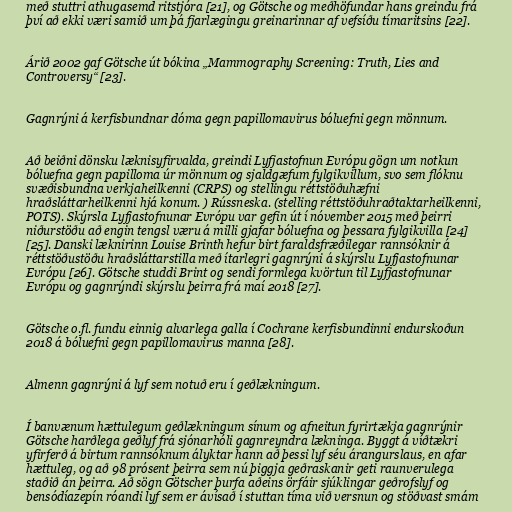
með stuttri athugasemd ritstjóra [21], og Götsche og meðhöfundar hans greindu frá
því að ekki væri samið um þá fjarlægingu greinarinnar af vefsíðu tímaritsins [22].

Árið 2002 gaf Götsche út bókina „Mammography Screening: Truth, Lies and
Controversy“ [23].

Gagnrýni á kerfisbundnar dóma gegn papillomavirus bóluefni gegn mönnum.

Að beiðni dönsku læknisyfirvalda, greindi Lyfjastofnun Evrópu gögn um notkun
bóluefna gegn papilloma úr mönnum og sjaldgæfum fylgikvillum, svo sem flóknu
svæðisbundna verkjaheilkenni (CRPS) og stellingu réttstöðuhæfni
hraðsláttarheilkenni hjá konum. ) Rússneska. (stelling réttstöðuhraðtaktarheilkenni,
POTS). Skýrsla Lyfjastofnunar Evrópu var gefin út í nóvember 2015 með þeirri
niðurstöðu að engin tengsl væru á milli gjafar bóluefna og þessara fylgikvilla [24]
[25]. Danski læknirinn Louise Brinth hefur birt faraldsfræðilegar rannsóknir á
réttstöðustöðu hraðsláttarstilla með ítarlegri gagnrýni á skýrslu Lyfjastofnunar
Evrópu [26]. Götsche studdi Brint og sendi formlega kvörtun til Lyfjastofnunar
Evrópu og gagnrýndi skýrslu þeirra frá maí 2018 [27].

Götsche o.fl. fundu einnig alvarlega galla í Cochrane kerfisbundinni endurskoðun
2018 á bóluefni gegn papillomavirus manna [28].

Almenn gagnrýni á lyf sem notuð eru í geðlækningum.

Í banvænum hættulegum geðlækningum sínum og afneitun fyrirtækja gagnrýnir
Götsche harðlega geðlyf frá sjónarhóli gagnreyndra lækninga. Byggt á víðtækri
yfirferð á birtum rannsóknum ályktar hann að þessi lyf séu árangurslaus, en afar
hættuleg, og að 98 prósent þeirra sem nú þiggja geðraskanir geti raunverulega
staðið án þeirra. Að sögn Götscher þurfa aðeins örfáir sjúklingar geðrofslyf og
bensódíazepín róandi lyf sem er ávísað í stuttan tíma við versnun og stöðvast smám